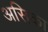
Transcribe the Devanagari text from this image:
असिका